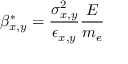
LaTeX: \beta _ { x , y } ^ { * } = \frac { \sigma _ { x , y } ^ { 2 } } { \epsilon _ { x , y } } \frac { E } { m _ { e } }